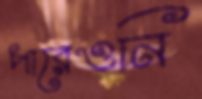
পারেওনি